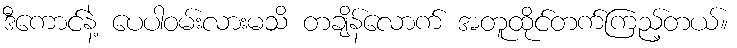
ဒီကောင်နဲ့ ပေပါဝမ်းလားမသိ တချိန်လောက် အတူထိုင်တက်ကြည့်တယ်။